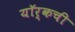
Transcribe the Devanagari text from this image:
यॉर्कची